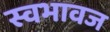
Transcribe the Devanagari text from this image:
स्वभावज